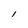
Character: l